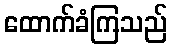
ထောက်ခံကြသည်